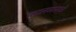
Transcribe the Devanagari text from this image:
कालव्यासाठी